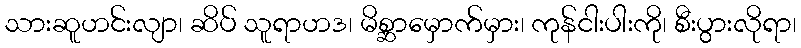
သားဆူဟင်းလျာ၊ ဆိပ် သူရာဟဒ၊ မိစ္ဆာမှောက်မှား၊ ကုန်ငါးပါးကို၊ စီးပွားလိုရာ၊